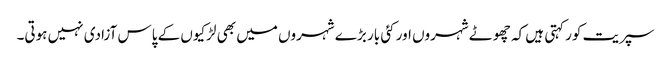
سپریت کور کہتی ہیں کہ چھوٹے شہروں اور کئی بار بڑے شہروں میں بھی لڑکیوں کے پاس آزادی نہیں ہوتی۔